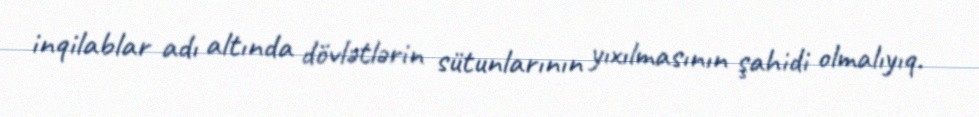
inqilablar adı altında dövlətlərin sütunlarının yıxılmasının şahidi olmalıyıq.